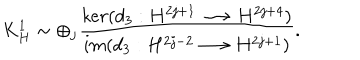
LaTeX: K _ { H } ^ { 1 } \sim \oplus _ { j } \frac { k e r ( d _ { 3 } : H ^ { 2 j + 1 } \longrightarrow H ^ { 2 j + 4 } ) } { i m ( d _ { 3 } : H ^ { 2 j - 2 } \longrightarrow H ^ { 2 j + 1 } ) } .